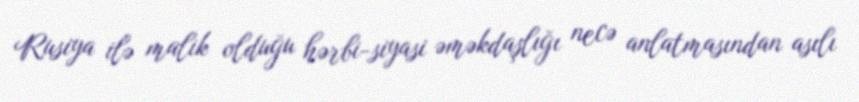
Rusiya ilə malik olduğu hərbi-siyasi əməkdaşlığı necə anlatmasından asılı